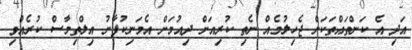
އަދި އެ ކަންތައްތަކަށް ޖެހިލުމެއް ނެތި ކުރިއަށް ދިއުމަށް އެމަނިކުފާނު އިލްތިމާސް ކުރެއްވި